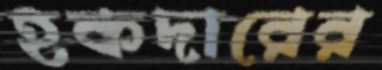
হকদারের